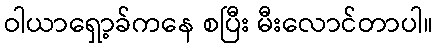
ဝါယာရှော့ခ်ကနေ စပြီး မီးလောင်တာပါ။